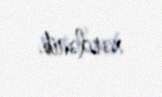
xərclənib.